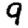
Digit: 9